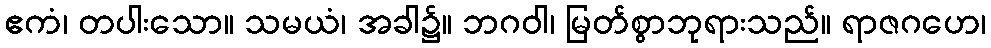
ဧကံ၊ တပါးသော။ သမယံ၊ အခါ၌။ ဘဂဝါ၊ မြတ်စွာဘုရားသည်။ ရာဇဂဟေ၊